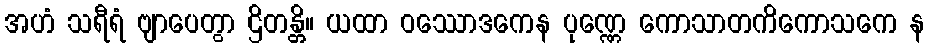
အဟံ သရီရံ ဗျာပေတွာ ဌိတန္တိ။ ယထာ ဝဿောဒကေန ပုဏ္ဏေ ကောသာတကိကောသကေ န